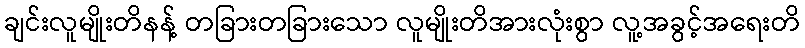
ချင်းလူမျိုးတိနန့် တခြားတခြားသော လူမျိုးတိအားလုံးစွာ လူ့အခွင့်အရေးတိ